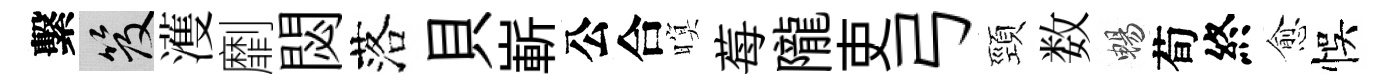
繫笈濩劘閟落貝嶄公合暝莓隴吏弓頸数暢荀終愈悞